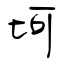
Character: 坷